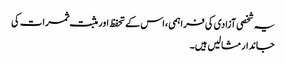
یہ شخصی آزادی کی فراہمی، اس کے تحفظ اور مثبت ثمرات کی
جاندار مثالیں ہیں۔